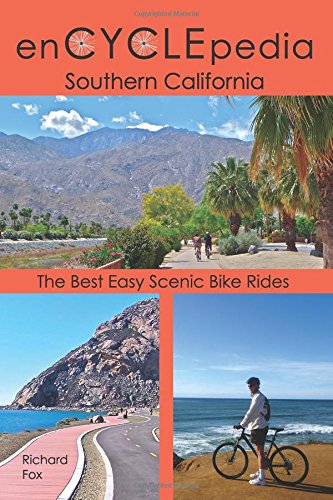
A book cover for enCYCLEpedia Southern California: The Best Easy Scenic Bike Rides; Richard Fox; Travel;